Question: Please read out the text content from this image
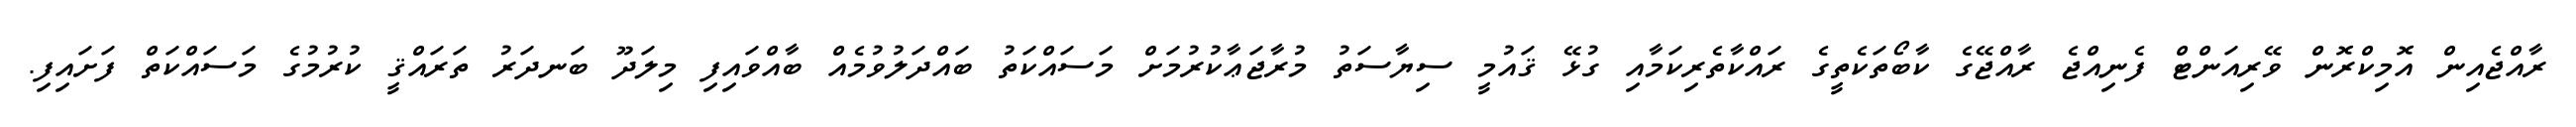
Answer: ރާއްޖެއިން އޮމިކްރޮން ވޭރިއަންޓް ފެނިއްޖެ ރާއްޖޭގެ ކާބޯތަކެތީގެ ރައްކާތެރިކަމާއި ގުޅޭ ޤައުމީ ސިޔާސަތު މުރާޖަޢާކުރުމަށް މަސައްކަތު ބައްދަލުވުމެއް ބާއްވައިފި މިލަދޫ ބަނދަރު ތަރައްޤީ ކުރުމުގެ މަސައްކަތް ފަށައިފި.